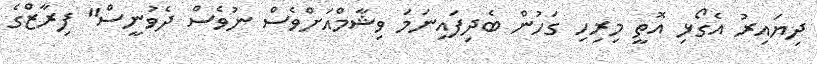
ދިޔައިރު އެގޯޅި އޮތީ މިރިހި ގަހުން ބެދިފައިނަމަ ވިޝާމްއަށްވެސް ނުވެސް ދެވުނީސް" ފިރާޒްގެ